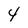
Character: 4